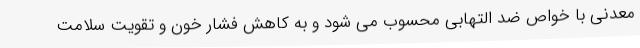
معدنی با خواص ضد التهابی محسوب می شود و به کاهش فشار خون و تقویت سلامت